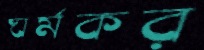
ঘর্মকর